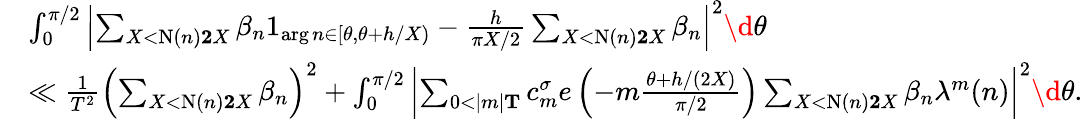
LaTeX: \begin{array}{rl}&{\int_{0}^{\pi/2}\left|\sum_{X<\textnormal{N}(n)\le 2X}\beta_{n}1_{\arg n\in[\theta,\theta+h/X)}-\frac{h}{\pi X/2}\sum_{X<\textnormal{N}(n)\le 2X}\beta_{n}\right|^{2}\d\theta}\\ &{\ll\frac{1}{T^{2}}\left(\sum_{X<\textnormal{N}(n)\le 2X}\beta_{n}\right)^{2}+\int_{0}^{\pi/2}\left|\sum_{0<|m|\le T}c_{m}^{\sigma}e\left(-m\frac{\theta+h/(2X)}{\pi/2}\right)\sum_{X<\textnormal{N}(n)\le 2X}\beta_{n}\lambda^{m}(n)\right|^{2}\d\theta.}\end{array}